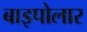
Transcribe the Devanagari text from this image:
बाइपोलार